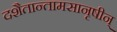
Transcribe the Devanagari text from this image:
दशैतान्तामसानृषीन्